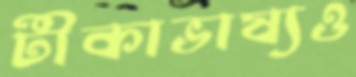
টীকাভাষ্যও